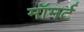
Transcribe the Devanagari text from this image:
मॉमर्ट